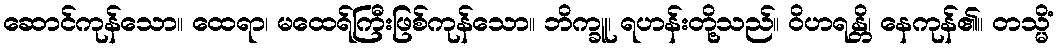
ဆောင်ကုန်သော။ ထေရာ၊ မထေရ်ကြီးဖြစ်ကုန်သော။ ဘိက္ခူ၊ ရဟန်းတို့သည်။ ဝိဟရန္တိ၊ နေကုန်၏။ တသ္မိံ